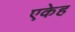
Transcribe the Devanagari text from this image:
एकेह